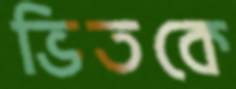
ভিতকে